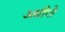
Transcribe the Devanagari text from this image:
अमीगो